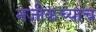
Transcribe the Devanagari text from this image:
नजीकच्याच